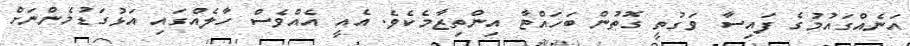
އަނެއްގައުމުގެ ފައިސާ ވަގުތީ ގޮތުން ބަހައްޓާ އިންތިޒާމެކެވެ. އެއީ އެއްވެސް ހާލެއްގައި އަޅުގަޑުމެންނަށް